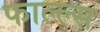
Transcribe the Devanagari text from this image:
फाल्ल्स